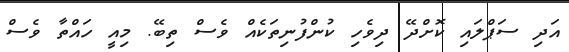
އަދި ސަޕްލައި ކޮށްދޭ ދިވެހި ކުންފުނިތަކެއް ވެސް ތިބޭ. މިއީ ހައްތާ ވެސް